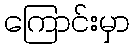
ကြောင်းမှာ